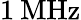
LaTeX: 1\: \mathrm{MHz}